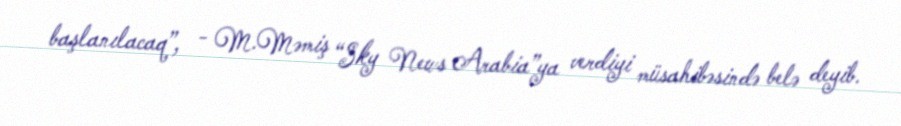
başlanılacaq”, - M.Məmiş “Sky News Arabia”ya verdiyi müsahibəsində belə deyib.